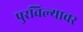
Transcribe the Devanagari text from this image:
पुरविल्यावर